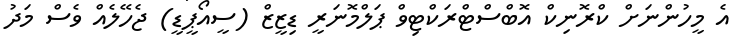
އެ މީހުންނަށް ކްރޮނިކް އޮބްސްޓްރަކްޓިވް ޕަލްމޮނަރީ ޑިޒީޒް (ސީއޯޕީޑީ) ޖެހޭލެއް ވެސް މަދު